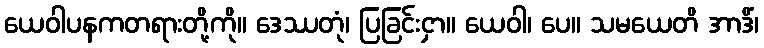
ယေဝါပနကတရားတို့ကို။ ဒေဿတုံ၊ ပြခြင်းငှာ။ ယေဝါ၊ ပေ။ သမယေတိ အာဒိံ၊